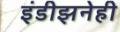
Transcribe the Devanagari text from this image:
इंडीझनेही